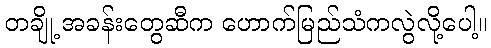
တချို့ အခန်းတွေဆီက ဟောက်မြည်သံကလွဲလို့ပေါ့။